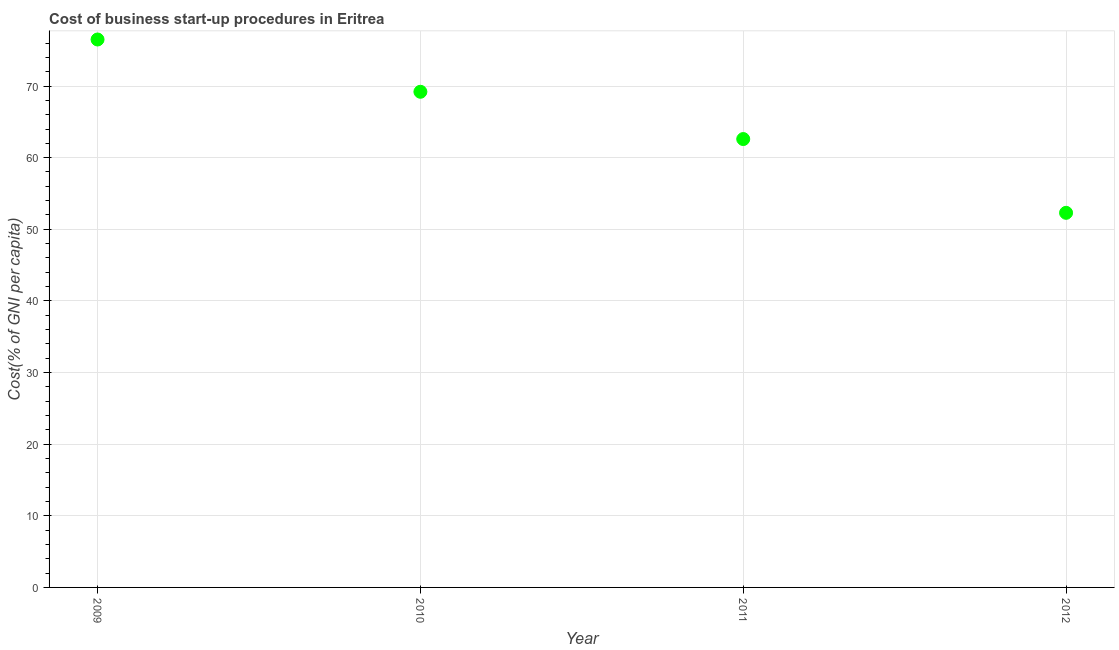
| Year | Cost |
 | --- | --- |
 | 2009 | 76.5 |
 | 2010 | 69.2 |
 | 2011 | 62.6 |
 | 2012 | 52.3 |